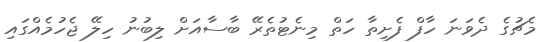
މެޗުގެ ދެވަނަ ހާފް ފެށިތާ ހަތް މިނެޓުތެރޭ ބާސާއަށް ލިބުނު ހިލޭ ޖެހުމެއްގައި